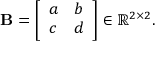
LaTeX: \mathbf { B } = { \left[ \begin{array} { l l } { a } & { b } \\ { c } & { d } \end{array} \right] } \in \mathbb { R } ^ { 2 \times 2 } .